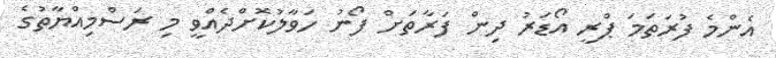
އެންމެ ފުރަތަމަ ޕްރީ އޯޑަރު ދިން ފަރާތަށް ފޯނު ހަވާލުކޮށްދެއްވީ މި ރަސްމިއްޔާތުގެ